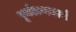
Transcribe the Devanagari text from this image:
पूर्नअन्वयार्थ